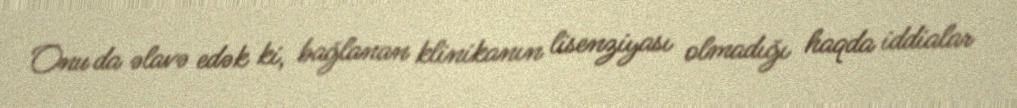
Onu da əlavə edək ki, bağlanan klinikanın lisenziyası olmadığı haqda iddialar